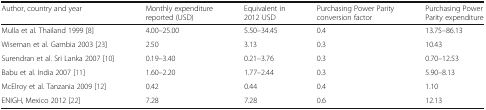
| Author, country and year | Monthly expenditure reported (USD) | Equivalent in 2012 USD | Purchasing Power Parity conversion factor | Purchasing Power Parity expenditure |
 | --- | --- | --- | --- | --- |
 | Mulla et al. Thailand 1999 [8] | 4.00–25.00 | 5.50–34.45 | 0.4 | 13.75–86.13 |
 | Wiseman et al. Gambia 2003 [23] | 2.50 | 3.13 | 0.3 | 10.43 |
 | Surendran et al. Sri Lanka 2007 [10] | 0.19–3.40 | 0.21–3.76 | 0.3 | 0.70–12.53 |
 | Babu et al. India 2007 [11] | 1.60–2.20 | 1.77–2.44 | 0.3 | 5.90–8.13 |
 | McElroy et al. Tanzania 2009 [12] | 0.42 | 0.44 | 0.4 | 1.10 |
 | ENIGH, Mexico 2012 [22] | 7.28 | 7.28 | 0.6 | 12.13 |